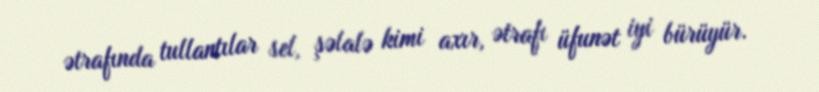
ətrafında tullantılar sel, şəlalə kimi axır, ətrafı üfunət iyi bürüyür.